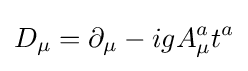
D_{\mu }=\partial _{\mu }-igA_{\mu }^{a}t^{a}